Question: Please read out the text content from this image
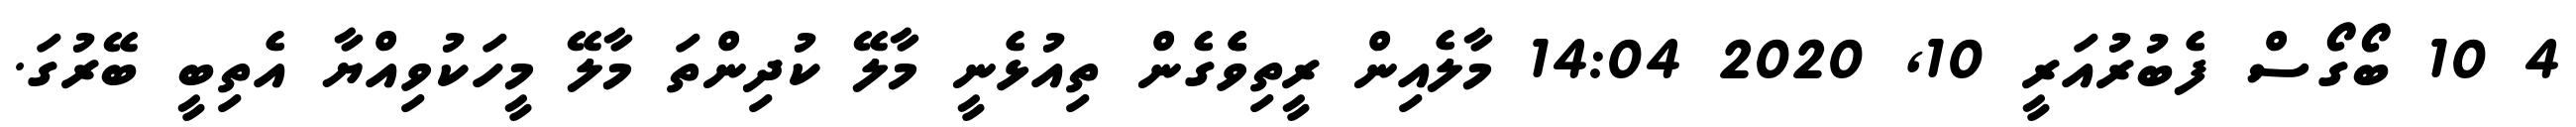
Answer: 4 10 ބޯގޯސް ފެބުރުއަރީ 10, 2020 14:04 މާލެއިން ރީތިވެެގެން ތިއުޅެނީ މާލޭ ކުދިންތަ މާލޭ މީހަކުވިއްޔާ އެތިބީ ބޭރުގަ.